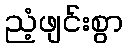
ညံ့ဖျင်းစွာ